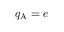
q _ { \mathrm { A } } = e